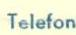
Telefon